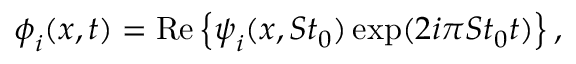
\boldsymbol { \phi } _ { i } ( \boldsymbol { x } , t ) = \mathrm { R e } \left\{ \boldsymbol { \psi } _ { i } ( \boldsymbol { x } , S t _ { 0 } ) \exp ( 2 i \pi S t _ { 0 } t ) \right\} ,